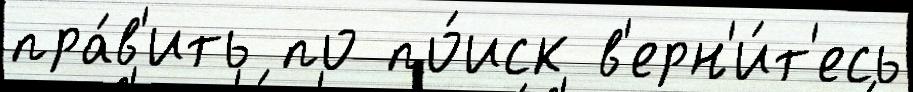
пра́в'ить по по́иск в'ерн'и́т'есь